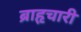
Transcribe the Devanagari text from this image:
ब्राहृचारी